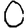
Digit: 0